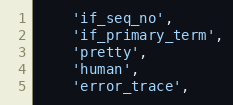
Language: JavaScript
    'if_seq_no',
    'if_primary_term',
    'pretty',
    'human',
    'error_trace',